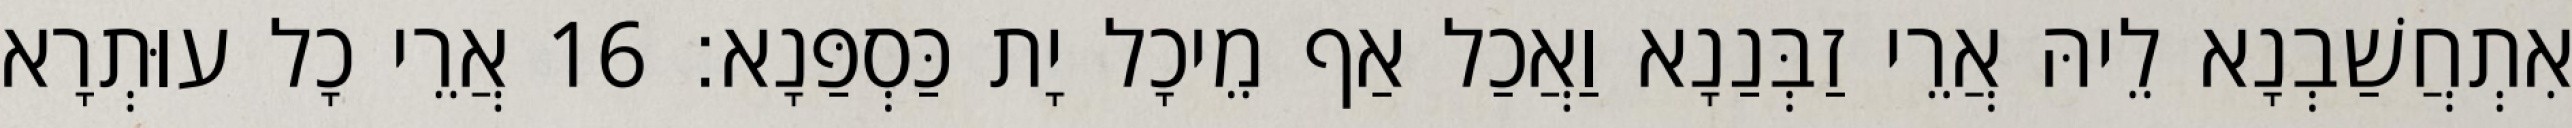
אִתְחֲשַׁבְנָא לֵיהּ אֲרֵי זַבְּנַנָא וַאֲכַל אַף מֵיכָל יָת כַּסְפַּנָא׃ 16 אֲרֵי כָל עוּתְרָא